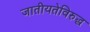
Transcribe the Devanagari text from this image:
जातीयतेविरुद्ध